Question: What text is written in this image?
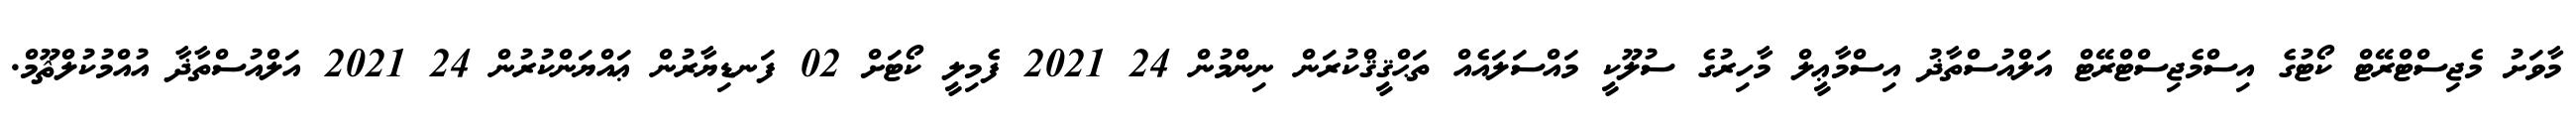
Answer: މާވަށު މެޖިސްޓްރޭޓް ކޯޓުގެ އިސްމެޖިސްޓްރޭޓް އަލްއުސްތާޛު އިސްމާޢީލް މާހިރުގެ ސުލޫކީ މައްސަލައެއް ތަޙްޤީޤްކުރަން ނިންމުން 24 2021 ފެމިލީ ކޯޓަށް 02 ފަނޑިޔާރުން ޢައްޔަންކުރުން 24 2021 އަލްއުސްތާޛާ އުއްމުކުލްޘޫމް.